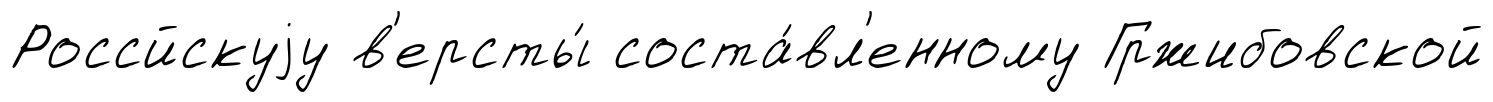
Россйскуjу в'ерсты́ соста́вл'енному Гржибовской